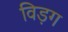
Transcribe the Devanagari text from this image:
विड़ग